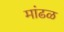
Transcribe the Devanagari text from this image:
मांढळ